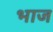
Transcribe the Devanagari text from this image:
भाज